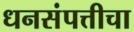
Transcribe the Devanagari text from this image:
धनसंपत्तीचा